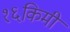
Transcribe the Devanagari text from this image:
१६किमी